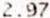
2.97